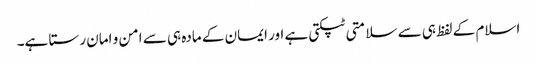
اسلام کے لفظ ہی سے سلامتی ٹپکتی ہے اور ایمان کے مادہ ہی سے امن و امان رستا ہے۔